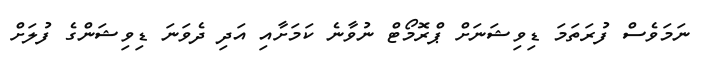
ނަމަވެސް ފުރަތަމަ ޑިވިޝަނަށް ޕްރޮމޯޓް ނުވާނެ ކަމަށާއި އަދި ދެވަނަ ޑިވިޝަންގެ ފުލަށް